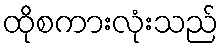
ထိုစကားလုံးသည်